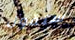
ستقول